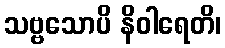
သဗ္ဗသောပိ နိဝါရေတိ၊